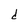
Character: d